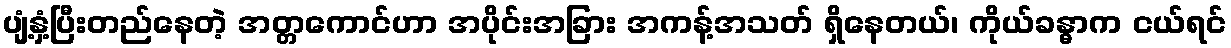
ပျံ့နှံ့ပြီးတည်နေတဲ့ အတ္တကောင်ဟာ အပိုင်းအခြား အကန့်အသတ် ရှိနေတယ်၊ ကိုယ်ခန္ဓာက ငယ်ရင်